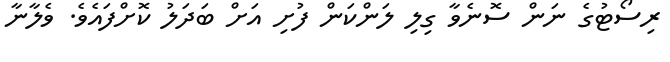
ރިސޯޓުގެ ނަން ސޮނެވާ ގިލި ލަންކަން ފުށި އަށް ބަދަލު ކޮށްފައެވެ. ވެލާނާ